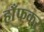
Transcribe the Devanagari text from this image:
हाँफकर